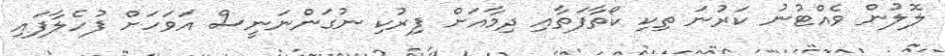
ލޮލުން ވެއްޓުނު ކަރުނަ ތިކި ކޯތާފަތާއި ދިމާއަށް ފިރުކި ނުގަންނަނީސް އަވަހަށް ފުހެލާފައި